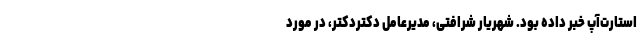
استارت‌آپ خبر داده بود. شهریار شرافتی، مدیرعامل دکتردکتر، در مورد